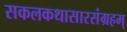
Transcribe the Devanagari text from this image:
सकलकथासारसंग्रहम्